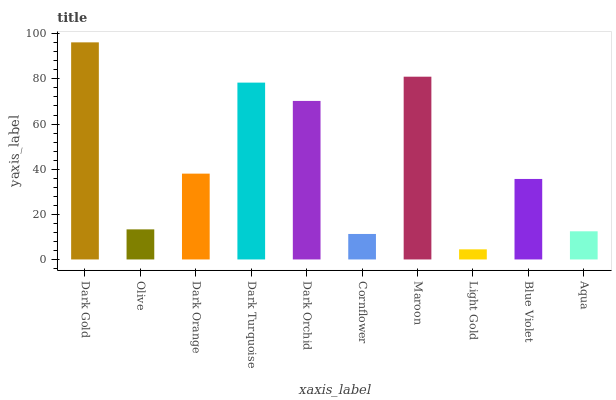
| xaxis_label | bars |
 | --- | --- |
 | Dark Gold | 96.2 |
 | Olive | 13.3 |
 | Dark Orange | 38 |
 | Dark Turquoise | 78.4 |
 | Dark Orchid | 70.2 |
 | Cornflower | 11.3 |
 | Maroon | 81 |
 | Light Gold | 4.48 |
 | Blue Violet | 35.7 |
 | Aqua | 12.5 |